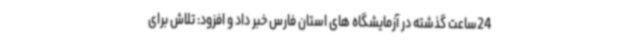
24ساعت گذشته در آزمایشگاه های استان فارس خبر داد و افزود: تلاش برای